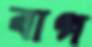
বাগ